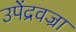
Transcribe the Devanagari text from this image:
उपेंद्रवज्रा